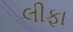
લીફા